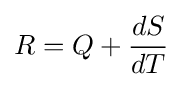
R=Q+{\frac {dS}{dT}}